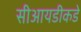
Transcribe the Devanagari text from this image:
सीआयडीकडे